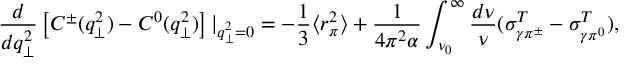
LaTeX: \frac { d } { d q _ { \perp } ^ { 2 } } \left[ C ^ { \pm } ( q _ { \perp } ^ { 2 } ) - C ^ { 0 } ( q _ { \perp } ^ { 2 } ) \right] | _ { q _ { \perp } ^ { 2 } = 0 } = - \frac { 1 } { 3 } \langle r _ { \pi } ^ { 2 } \rangle + \frac { 1 } { 4 \pi ^ { 2 } \alpha } \int _ { \nu _ { 0 } } ^ { \infty } \frac { d \nu } { \nu } ( \sigma _ { \gamma \pi ^ { \pm } } ^ { T } - \sigma _ { \gamma \pi ^ { 0 } } ^ { T } ) ,